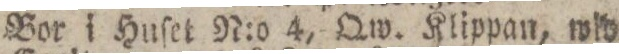
Bor i Huſet N:o 4, Qw. Klippan, wid